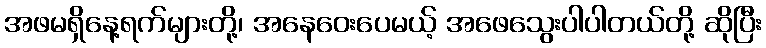
အဖမရှိနေ့ရက်များတို့၊ အနေဝေးပေမယ့် အဖေသွေးပါပါတယ်တို့ ဆိုပြီး